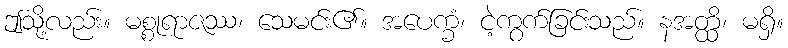
ဤသို့လည်း။ မစ္စုရာဇဿ၊ သေမင်း၏။ အပေက္ခံ၊ ငဲ့ကွက်ခြင်းသည်။ နအတ္ထိ၊ မရှိ။